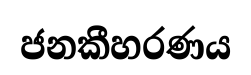
ජනකීහරණය